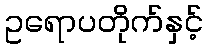
ဥရောပတိုက်နှင့်